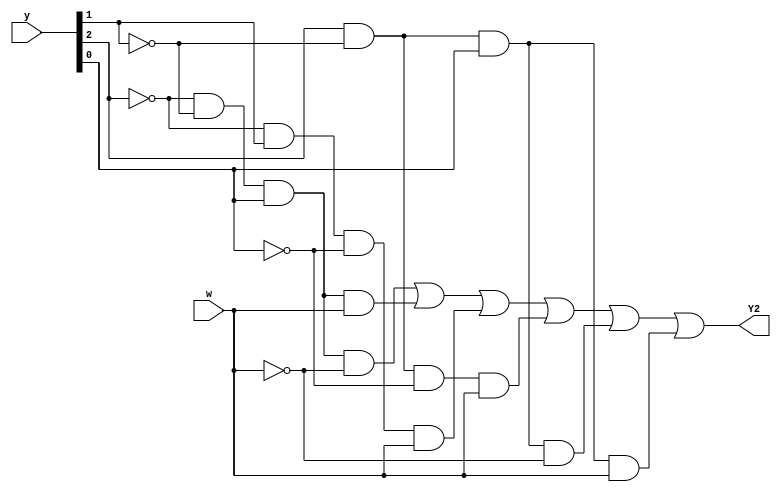
/*Assume that you wish to implement the FSM using three flip-flops and state codes y[3:1] = 000, 001, ... , 101 for states A, B, ... , F, respectively. Show a state-assigned table for this FSM. Derive a next-state expression for the flip-flop y[2].

Implement just the next-state logic for y[2]. (This is much more a FSM question than a Verilog coding question. Oh well.)*/
module top_module (
    input [3:1] y,
    input w,
    output Y2);
    assign Y2= (~y[3]&~y[2]&y[1]&~w)|(~y[3]&~y[2]&y[1]&w)|(~y[3]&y[2]&~y[1]&w)|(y[3]&~y[2]&~y[1]&w)|(y[3]&~y[2]&y[1]&~w)|(y[3]&~y[2]&y[1]&w);
endmodule